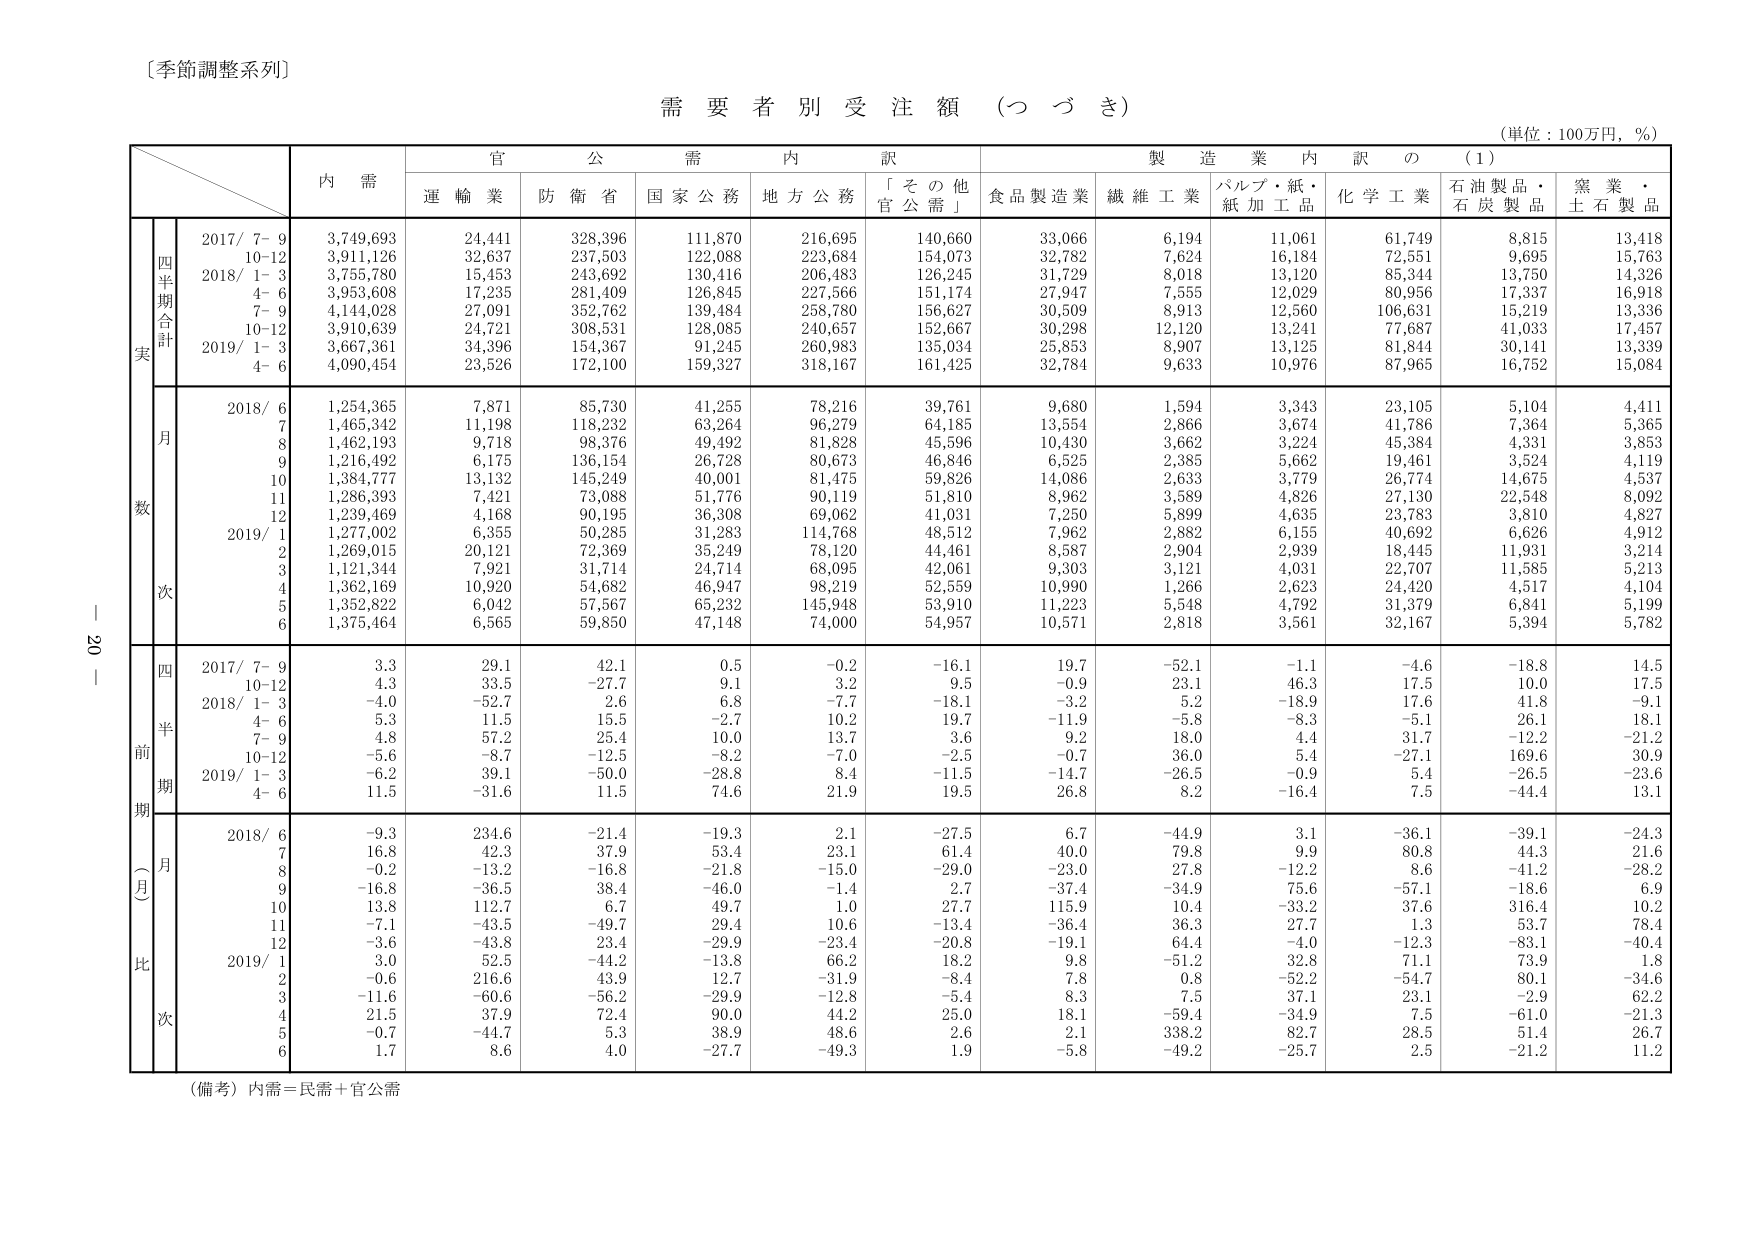
〔季節調整系列〕

需要者別受注額（つづき）

（単位：100万円，％）

内 需
官 公 需 内 訳
製 造 業 内 訳 の （1）

運 輸 業
防 衛 省
国 家 公 務
地 方 公 務
「そ の 他
官 公 需」
食 品 製 造 業
繊 維 工 業
パルプ・紙・
紙 加 工 品
化 学 工 業
石 油 製 品・
石 炭 製 品
窯 業・
土 石 製 品

四半期合計
実
2017/ 7–9
3,749,693
24,441
328,396
111,870
216,695
140,660
33,066
6,194
11,061
61,749
8,815
13,418
10–12
3,911,126
32,637
237,503
122,088
223,684
154,073
32,782
7,624
16,184
72,551
9,695
15,763
2018/ 1–3
3,755,780
15,453
243,692
130,416
206,483
126,245
31,729
8,018
13,120
85,344
13,750
14,326
4–6
3,953,608
17,235
281,409
126,845
227,566
151,174
27,947
7,555
12,029
80,956
17,337
16,918
7–9
4,144,028
27,091
352,762
139,484
258,780
156,627
30,509
8,913
12,560
106,631
15,219
13,336
10–12
3,910,639
24,721
308,531
128,085
240,657
152,667
30,298
12,120
13,241
77,687
41,033
17,457
2019/ 1–3
3,667,361
34,396
154,367
91,245
260,983
135,034
25,853
8,907
13,125
81,844
30,141
13,339
4–6
4,090,454
23,526
172,100
159,327
318,167
161,425
32,784
9,633
10,976
87,965
16,752
15,084

月数
2018/ 6
1,254,365
7,871
85,730
41,255
78,216
39,761
9,680
1,594
3,343
23,105
5,104
4,411
7
1,465,342
11,198
118,232
63,264
96,279
64,185
13,554
2,866
3,674
41,786
7,364
5,365
8
1,462,193
9,718
98,376
49,492
81,828
45,596
10,430
3,662
3,224
45,384
4,331
3,853
9
1,216,492
6,175
136,154
26,728
80,673
46,846
6,525
2,385
5,662
19,461
3,524
4,119
10
1,384,777
13,132
145,249
40,001
81,475
59,826
14,086
2,633
3,779
26,774
14,675
4,537
11
1,286,393
7,421
73,088
51,776
90,119
51,810
8,962
3,589
4,826
27,130
22,548
8,092
12
1,239,469
4,168
90,195
36,308
69,062
41,031
7,250
5,899
4,635
23,783
3,810
4,827
2019/ 1
1,277,002
6,355
50,285
31,283
114,768
48,512
7,962
2,882
6,155
40,692
6,626
4,912
2
1,269,015
20,121
72,369
35,249
78,120
44,461
8,587
2,904
2,939
18,445
11,931
3,214
3
1,121,344
7,921
31,714
24,714
68,095
42,061
9,303
3,121
4,031
22,707
11,585
5,213
4
1,362,169
10,920
54,682
46,947
98,219
52,559
10,990
1,266
2,623
24,420
4,517
4,104
5
1,352,822
6,042
57,567
65,232
145,948
53,910
11,223
5,548
4,792
31,379
6,841
5,199
6
1,375,464
6,565
59,850
47,148
74,000
54,957
10,571
2,818
3,561
32,167
5,394
5,782

四半期
前期
（月比）
2017/ 7–9
3.3
29.1
42.1
0.5
–0.2
–16.1
19.7
–52.1
–1.1
–4.6
–18.8
14.5
10–12
4.3
33.5
–27.7
9.1
3.2
9.5
–0.9
23.1
46.3
17.5
10.0
17.5
2018/ 1–3
–4.0
–52.7
2.6
6.8
–7.7
–18.1
–3.2
5.2
–18.9
17.6
41.8
–9.1
4–6
5.3
11.5
15.5
–2.7
10.2
19.7
–11.9
–5.8
–8.3
–5.1
26.1
18.1
7–9
4.8
57.2
25.4
10.0
13.7
3.6
9.2
18.0
4.4
31.7
–12.2
–21.2
10–12
–5.6
–8.7
–12.5
–8.2
–7.0
–2.5
–0.7
36.0
5.4
–27.1
169.6
30.9
2019/ 1–3
–6.2
39.1
–50.0
–28.8
8.4
–11.5
–14.7
–26.5
–0.9
5.4
–26.5
–23.6
4–6
11.5
–31.6
11.5
74.6
21.9
19.5
26.8
8.2
–16.4
7.5
–44.4
13.1

月比
2018/ 6
–9.3
234.6
–21.4
–19.3
2.1
–27.5
6.7
–44.9
3.1
–36.1
–39.1
–24.3
7
16.8
42.3
37.9
53.4
23.1
61.4
40.0
79.8
9.9
80.8
44.3
21.6
8
–0.2
–13.2
–16.8
–21.8
–15.0
–29.0
–23.0
27.8
–12.2
8.6
–41.2
–28.2
9
–16.8
–36.5
38.4
–46.0
–1.4
2.7
–37.4
–34.9
75.6
–57.1
–18.6
6.9
10
13.8
112.7
6.7
49.7
1.0
27.7
115.9
10.4
–33.2
37.6
316.4
10.2
11
–7.1
–43.5
–49.7
29.4
10.6
–13.4
–36.4
36.3
27.7
1.3
53.7
78.4
12
–3.6
–43.8
23.4
–29.9
–23.4
–20.8
–19.1
64.4
–4.0
–12.3
–83.1
–40.4
2019/ 1
3.0
52.5
–44.2
–13.8
66.2
18.2
9.8
–51.2
32.8
71.1
73.9
1.8
2
–0.6
216.6
43.9
12.7
–31.9
–8.4
7.8
0.8
–52.2
–54.7
80.1
–34.6
3
–11.6
–60.6
–56.2
–29.9
–12.8
–5.4
8.3
7.5
37.1
23.1
–2.9
62.2
4
21.5
37.9
72.4
90.0
44.2
25.0
18.1
–59.4
–34.9
7.5
–61.0
–21.3
5
–0.7
–44.7
5.3
38.9
48.6
2.6
2.1
338.2
82.7
28.5
51.4
26.7
6
1.7
8.6
4.0
–27.7
–49.3
1.9
–5.8
–49.2
–25.7
2.5
–21.2
11.2

（備考）内需＝民需＋官公需